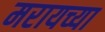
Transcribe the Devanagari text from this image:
मरायच्या